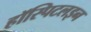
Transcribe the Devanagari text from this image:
हॉस्पिटलइन